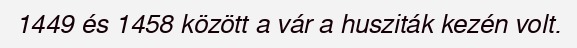
1449 és 1458 között a vár a husziták kezén volt.